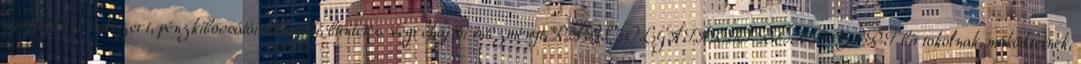
magánpénzrendszert, pénzkibocsátói, behajtói, büntetés-végrehajtói intézményt, RABSZOLGATARTÓ RENDSZERT birtokolnak, működtetnek,